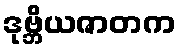
ဒုဗ္ဘိယဇာတက